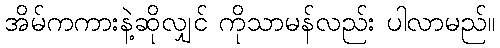
အိမ်ကကားနဲ့ဆိုလျှင် ကိုသာမန်လည်း ပါလာမည်။